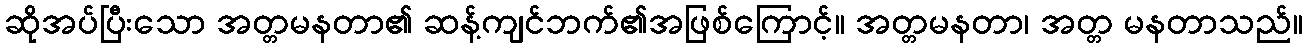
ဆိုအပ်ပြီးသော အတ္တမနတာ၏ ဆန့်ကျင်ဘက်၏အဖြစ်ကြောင့်။ အတ္တမနတာ၊ အတ္တ မနတာသည်။